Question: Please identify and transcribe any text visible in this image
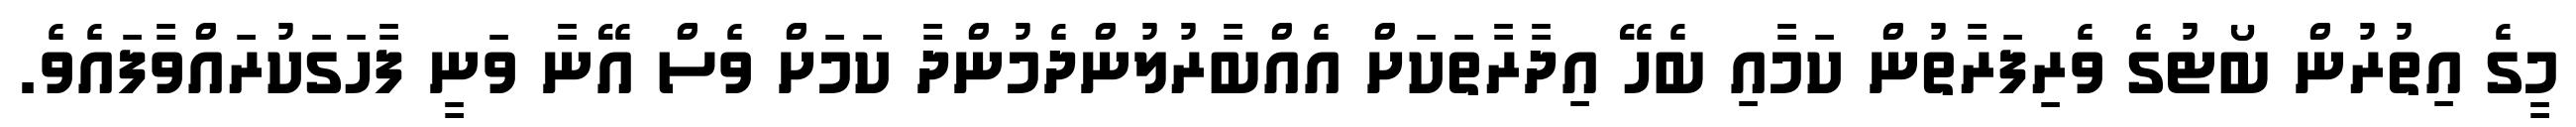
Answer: މީގެ އިތުރުން ބޯޓުގެ ވެރިފަރާތުން ކަމާއި ބެހޭ އިދާރާތަކަށް އެއްބާރުލުންދެމުންދާ ކަމަށް ވެސް އޭނާ ވަނީ ފާހަގަކުރައްވާފައެވެ.